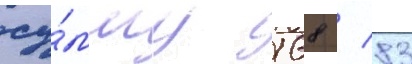
су́мму 168 / 83